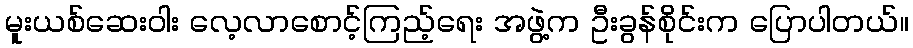
မူးယစ်ဆေးဝါး လေ့လာစောင့်ကြည့်ရေး အဖွဲ့က ဦးခွန်စိုင်းက ပြောပါတယ်။